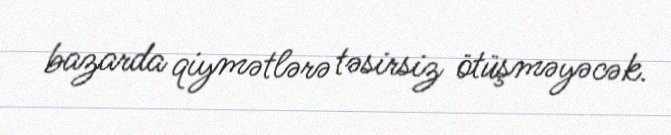
bazarda qiymətlərə təsirsiz ötüşməyəcək.